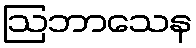
ဩဘာသေန